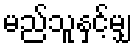
မည်သူနှင့်မျှ